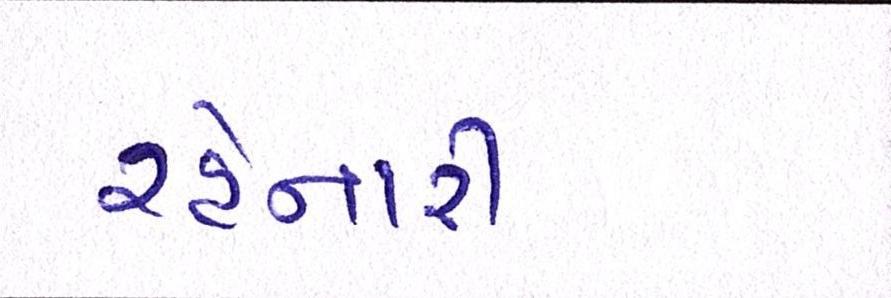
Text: રહેનારી